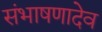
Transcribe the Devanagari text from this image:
संभाषणादेव